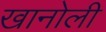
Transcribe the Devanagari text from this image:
खानोली